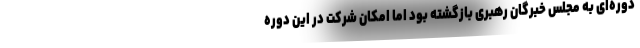
دوره‌ای به مجلس خبرگان رهبری بازگشته بود اما امکان شرکت در این دوره